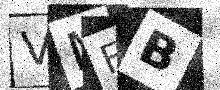
Text: VMFB